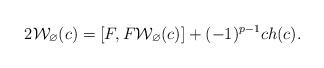
LaTeX: \begin{align*}2\mathcal{W}_{\varnothing}(c)=[F,F\mathcal{W}_{\varnothing}(c)]+(-1)^{p-1}ch(c).\end{align*}